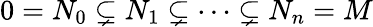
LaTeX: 0=N_{0}\subsetneq N_{1}\subsetneq\cdots\subsetneq N_{n}=M